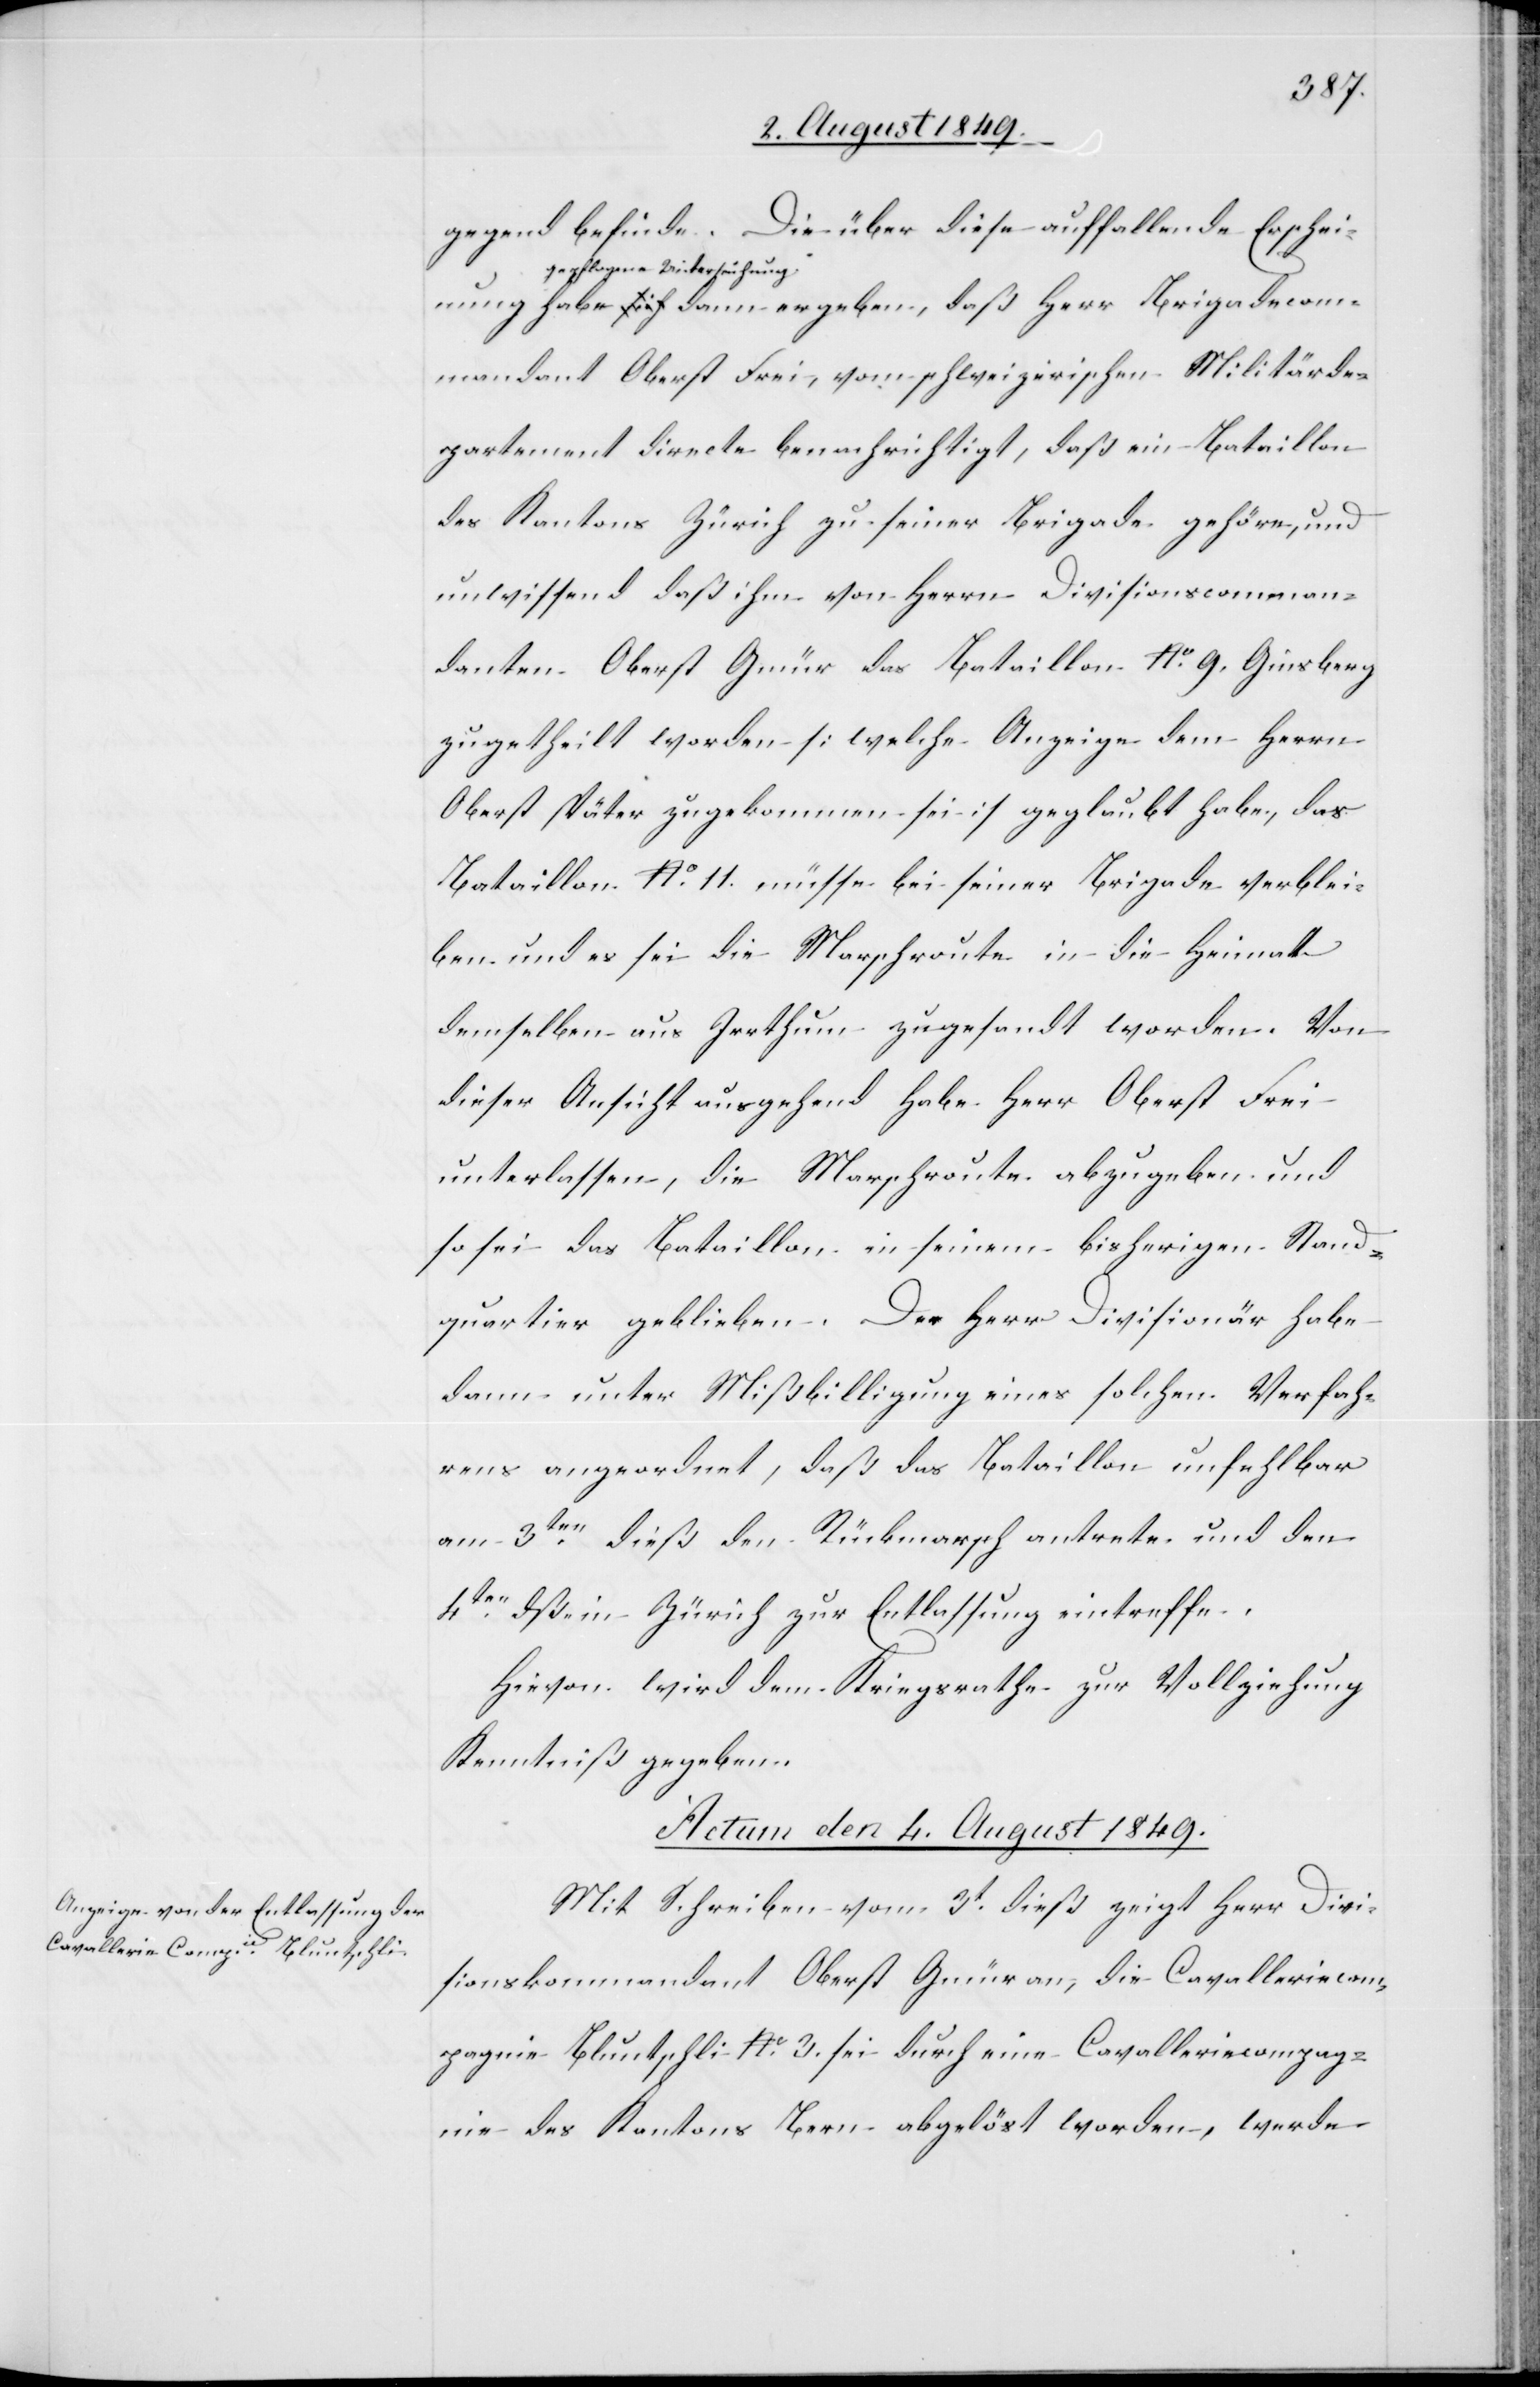
gegend befinde. Die über diese auffallende Erscheinu¬
ng a-gepflogene Untersuch¬
ung-a habe dann ergeben, daß Herr Brigadecom¬
mandant Oberst Frei, vom schweizerischen Militärde¬
partement directe benachrichtigt, daß ein Bataillon
des Kantons Zürich zu seiner Brigade gehöre, und
unwissend daß ihm von Herrn Divisionscomman¬
danten Oberst Gmür das Bataillon No. 9. Ginsberg
zugetheilt worden [welche Anzeige dem Herrn
Oberst später zugekommen sei] geglaubt habe, das
Bataillon No. 11. müsse bei seiner Brigade verblei¬
ben und es sei die Marschroute in die Heimat
demselben aus Irrthum zugesandt worden. Von
dieser Ansicht ausgehend habe Herr Oberst frei
unterlassen, die Marschroute abzugeben und
so sei das Bataillon in seinem bisherigen Stand¬
quartier geblieben. Der Herr Divisionär habe
dann unter Mißbilligung eines solchen Verfah¬
rens angeordnet, daß das Bataillon unfehlbar
am 3ten dieß den Rückmarsch antrete und den
4ten dß. in Zürich zur Entlassung eintreffe.
Hievon wird dem Kriegsrathe zur Vollziehung
Kenntniß gegeben.
Actum den 4. August 1849.
Mit Schreiben vom 3t dieß zeigt Herr Divi¬
sionskommandant Oberst Gmür an, die Cavalleriecom¬
pagnie Bluntschli No. 3. sei durch eine Cavalleriecompag¬
nie des Kantons Bern abgelöst worden, werde